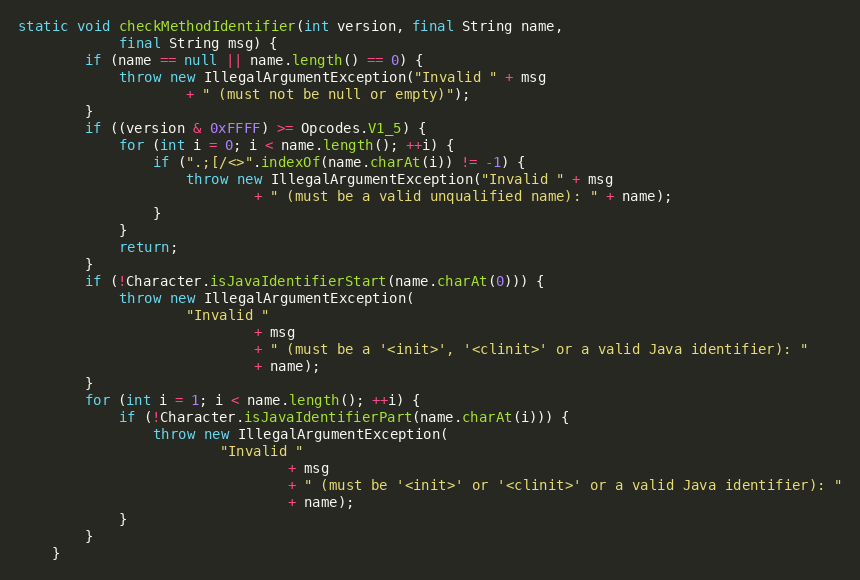
Language: Java
static void checkMethodIdentifier(int version, final String name,
            final String msg) {
        if (name == null || name.length() == 0) {
            throw new IllegalArgumentException("Invalid " + msg
                    + " (must not be null or empty)");
        }
        if ((version & 0xFFFF) >= Opcodes.V1_5) {
            for (int i = 0; i < name.length(); ++i) {
                if (".;[/<>".indexOf(name.charAt(i)) != -1) {
                    throw new IllegalArgumentException("Invalid " + msg
                            + " (must be a valid unqualified name): " + name);
                }
            }
            return;
        }
        if (!Character.isJavaIdentifierStart(name.charAt(0))) {
            throw new IllegalArgumentException(
                    "Invalid "
                            + msg
                            + " (must be a '<init>', '<clinit>' or a valid Java identifier): "
                            + name);
        }
        for (int i = 1; i < name.length(); ++i) {
            if (!Character.isJavaIdentifierPart(name.charAt(i))) {
                throw new IllegalArgumentException(
                        "Invalid "
                                + msg
                                + " (must be '<init>' or '<clinit>' or a valid Java identifier): "
                                + name);
            }
        }
    }